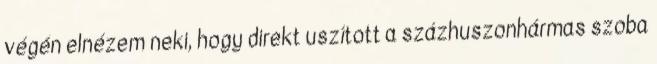
végén elnézem neki, hogy direkt uszított a százhuszonhármas szoba